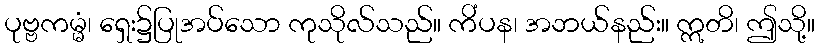
ပုဗ္ဗကမ္မံ၊ ရှေး၌ပြုအပ်သော ကုသိုလ်သည်။ ကိံပန၊ အဘယ်နည်း။ ဣတိ၊ ဤသို့။